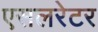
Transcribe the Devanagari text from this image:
एसलरेटर